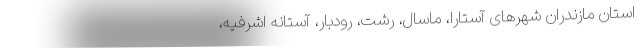
استان مازندران شهرهای آستارا، ماسال، رشت، رودبار، آستانه اشرفیه،